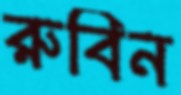
রুবিন